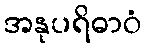
အနုပရိဓာဝံ